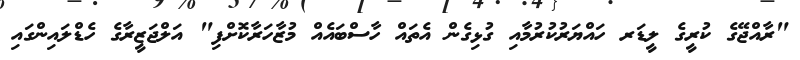
"ރާއްޖޭގެ ކުރީގެ ލީޑަރ ހައްޔަރުކުރުމާއި ގުޅިގެން އެތައް ހާސްބައެއް މުޒާހަރާކޮށްފި" އަލްޖަޒީރާގެ ހެޑްލައިންގައި